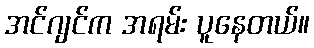
အင်ဂျင်က အရမ်း ပူနေတယ်။